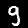
Digit: 9